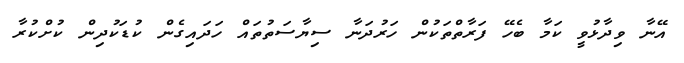
އޭނާ ވިދާޅުވީ ކަމާ ބެހޭ ފަރާތްތަކުން ހަރުދަނާ ސިޔާސަތުތައް ހަދައިގެން ކުޑަކުދިން ކުށްކުރާ